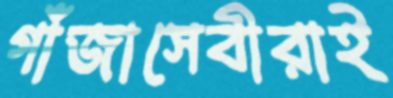
গাঁজাসেবীরাই